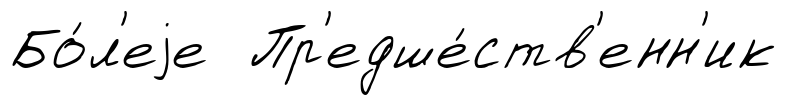
Бо́л'еjе Пр'едше́ств'енн'ик